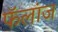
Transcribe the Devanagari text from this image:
फॅलांज